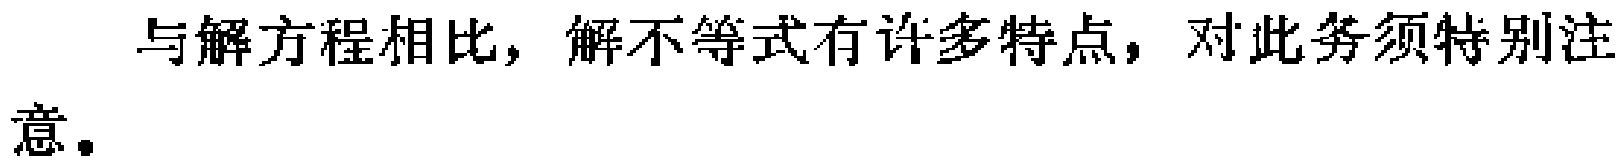
与解方程相比，解不等式有许多特点，对此务须特别注意。